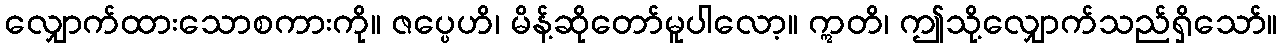
လျှောက်ထားသောစကားကို။ ဇပ္ပေဟိ၊ မိန့်ဆိုတော်မူပါလော့။ ဣတိ၊ ဤသို့လျှောက်သည်ရှိသော်။